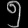
Digit: ၅